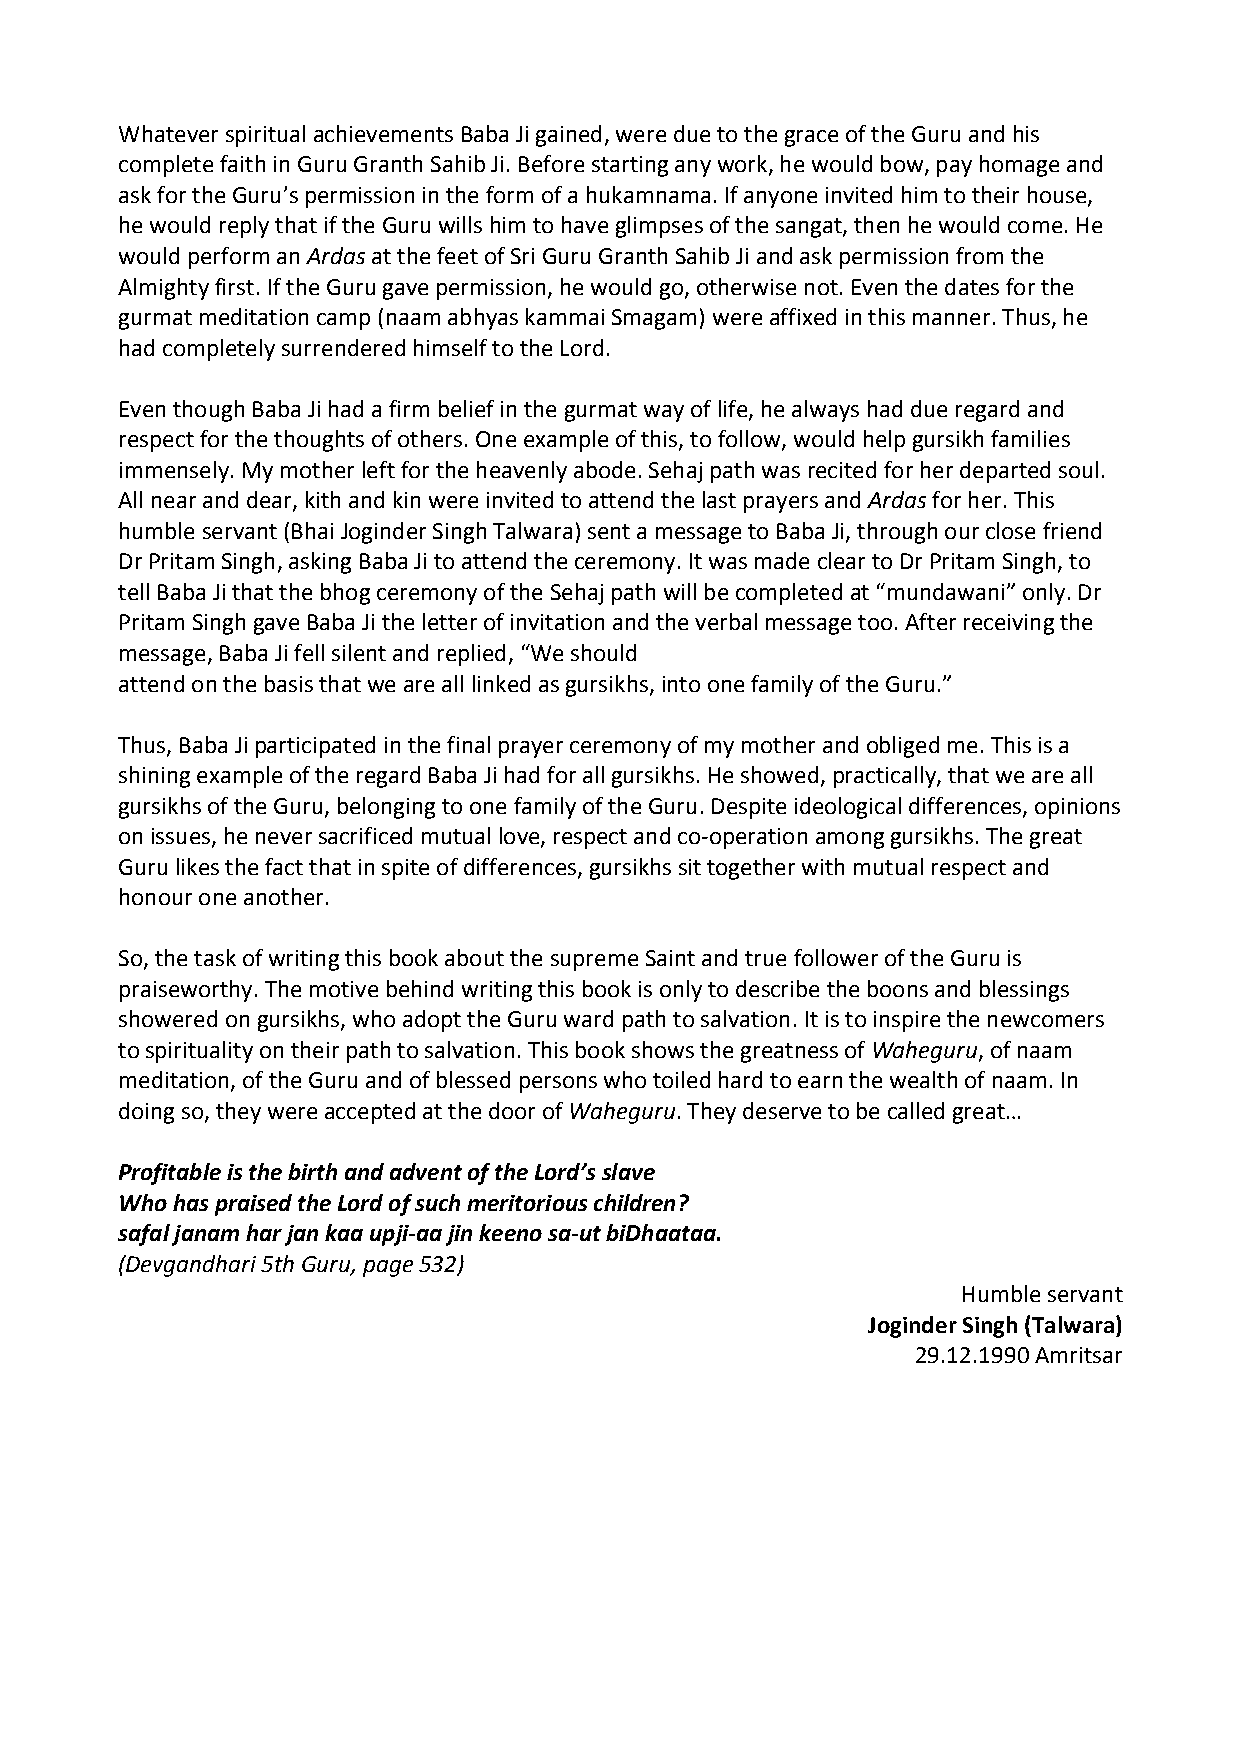
Whatever spiritual achievements Baba Ji gained, were due to the grace of the Guru and his
 complete faith in Guru Granth Sahib Ji. Before starting any work, he would bow, pay homage and
 ask for the Guru’s permission in the form of a hukamnama. If anyone invited him to their house,
 he would reply that if the Guru wills him to have glimpses of the sangat, then he would come. He
 would perform an Ardas at the feet of Sri Guru Granth Sahib Ji and ask permission from the
 Almighty first. If the Guru gave permission, he would go, otherwise not. Even the dates for the
 gurmat meditation camp (naam abhyas kammai Smagam) were affixed in this manner. Thus, he
 had completely surrendered himself to the Lord.
 Even though Baba Ji had a firm belief in the gurmat way of life, he always had due regard and
 respect for the thoughts of others. One example of this, to follow, would help gursikh families
 immensely. My mother left for the heavenly abode. Sehaj path was recited for her departed soul.
 All near and dear, kith and kin were invited to attend the last prayers and Ardas for her. This
 humble servant (Bhai Joginder Singh Talwara) sent a message to Baba Ji, through our close friend
 Dr Pritam Singh, asking Baba Ji to attend the ceremony. It was made clear to Dr Pritam Singh, to
 tell Baba Ji that the bhog ceremony of the Sehaj path will be completed at “mundawani” only. Dr
 Pritam Singh gave Baba Ji the letter of invitation and the verbal message too. After receiving the
 message, Baba Ji fell silent and replied, “We should
 attend on the basis that we are all linked as gursikhs, into one family of the Guru.”
 Thus, Baba Ji participated in the final prayer ceremony of my mother and obliged me. This is a
 shining example of the regard Baba Ji had for all gursikhs. He showed, practically, that we are all
 gursikhs of the Guru, belonging to one family of the Guru. Despite ideological differences, opinions
 on issues, he never sacrificed mutual love, respect and co‐operation among gursikhs. The great
 Guru likes the fact that in spite of differences, gursikhs sit together with mutual respect and
 honour one another.
 So, the task of writing this book about the supreme Saint and true follower of the Guru is
 praiseworthy. The motive behind writing this book is only to describe the boons and blessings
 showered on gursikhs, who adopt the Guru ward path to salvation. It is to inspire the newcomers
 to spirituality on their path to salvation. This book shows the greatness of Waheguru, of naam
 meditation, of the Guru and of blessed persons who toiled hard to earn the wealth of naam. In
 doing so, they were accepted at the door of Waheguru. They deserve to be called great…
 Profitable is the birth and advent of the Lord’s slave
 Who has praised the Lord of such meritorious children?
 safal janam har jan kaa upji‐aa jin keeno sa‐ut biDhaataa.
 (Devgandhari 5th Guru, page 532)
 Humble servant
 Joginder Singh (Talwara)
 29.12.1990 Amritsar